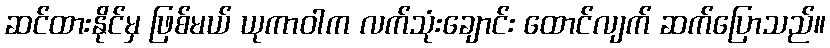
ဆင်ထားနိုင်မှ ဖြစ်မယ် ယုကာဝါက လက်သုံးချောင်း ထောင်လျက် ဆက်ပြောသည်။